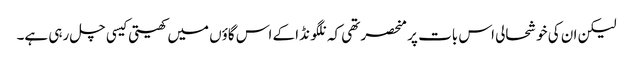
لیکن ان کی خوشحالی اس بات پر منحصر تھی کہ نلگونڈا کے اس گاؤں میں کھیتی کیسی چل رہی ہے۔